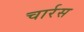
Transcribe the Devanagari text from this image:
चार्रस